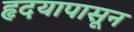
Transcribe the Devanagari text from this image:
हृदयापासून